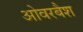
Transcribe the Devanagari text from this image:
ओवरबैश